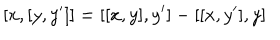
LaTeX: [ x , [ y , y ^ { \prime } ] ] = [ [ x , y ] , y ^ { \prime } ] - [ [ x , y ^ { \prime } ] , y ]